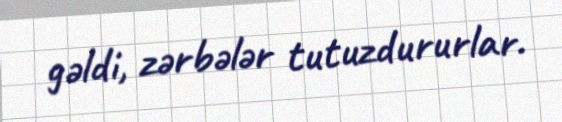
gəldi, zərbələr tutuzdururlar.